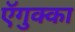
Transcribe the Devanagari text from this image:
ऍगुक्का